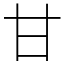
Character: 甘